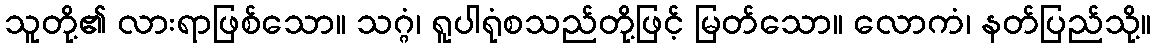
သူတို့၏ လားရာဖြစ်သော။ သဂ္ဂံ၊ ရူပါရုံစသည်တို့ဖြင့် မြတ်သော။ လောကံ၊ နတ်ပြည်သို့။